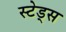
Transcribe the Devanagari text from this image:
स्टेड्स